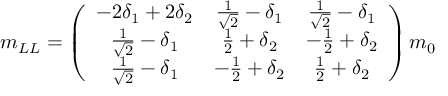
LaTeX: m _ { L L } = \left( \begin{array} { c c c } { { - 2 \delta _ { 1 } + 2 \delta _ { 2 } } } & { { \frac { 1 } { \sqrt { 2 } } - \delta _ { 1 } } } & { { \frac { 1 } { \sqrt { 2 } } - \delta _ { 1 } } } \\ { { \frac { 1 } { \sqrt { 2 } } - \delta _ { 1 } } } & { { \frac { 1 } { 2 } + \delta _ { 2 } } } & { { - \frac { 1 } { 2 } + \delta _ { 2 } } } \\ { { \frac { 1 } { \sqrt { 2 } } - \delta _ { 1 } } } & { { - \frac { 1 } { 2 } + \delta _ { 2 } } } & { { \frac { 1 } { 2 } + \delta _ { 2 } } } \end{array} \right) m _ { 0 }